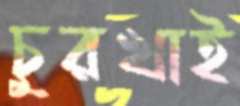
চুরখাই